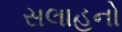
સલાહનો